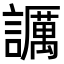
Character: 𧭡